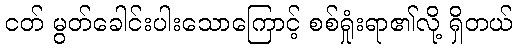
ငတ် မွတ်ခေါင်းပါးသောကြောင့် စစ်ရှုံးရာ၏လို့ ရှိတယ်